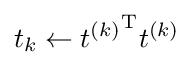
t_{k}\gets {t^{(k)}}^{\mathrm {T} }t^{(k)}